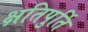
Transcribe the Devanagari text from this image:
क्षतिपुर्ति